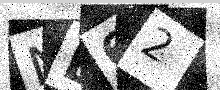
Text: NE62